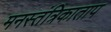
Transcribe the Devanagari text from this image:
मनस्तंत्रिकाताप